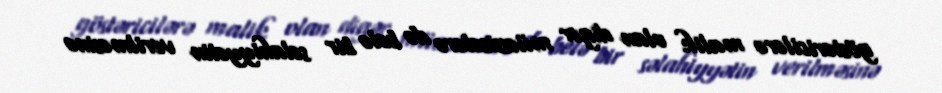
göstəricilərə malik olan digər müəssisələrə də belə bir səlahiyyətin verilməsinə